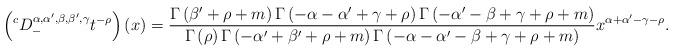
LaTeX: \begin{align*}\left({}^{c}D_{-}^{\alpha,\alpha',\beta,\beta',\gamma}t^{-\rho}\right)(x)=\frac{\Gamma\left(\beta'+\rho+m\right)\Gamma\left(-\alpha-\alpha'+\gamma+\rho\right)\Gamma\left(-\alpha'-\beta+\gamma+\rho+m\right)}{\Gamma\left(\rho\right)\Gamma\left(-\alpha'+\beta'+\rho+m\right)\Gamma\left(-\alpha-\alpha'-\beta+\gamma+\rho+m\right)}x^{\alpha+\alpha'-\gamma-\rho}.\end{align*}